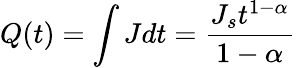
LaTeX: Q(t)=\int Jdt=\frac{J_{s}t^{1-\alpha}}{1-\alpha}